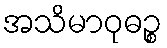
အသိမာဝုဓဉ္စ